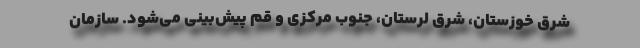
شرق خوزستان، شرق لرستان، جنوب مرکزی و قم پیش‌بینی می‌شود. سازمان